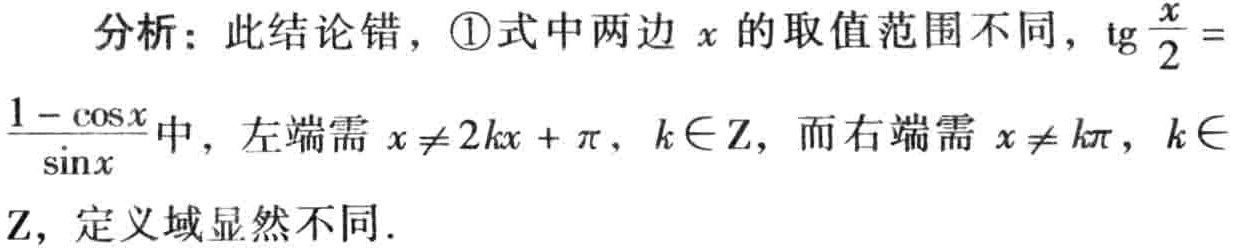
分析：此结论错，\textcircled{1}式中两边 \(x\) 的取值范围不同，\(\text{tg}\frac{x}{2} = \frac{1 - \cos x}{\sin x}\)中，左端需 \(x \neq 2k\pi + \pi\)，\(k \in \mathrm{Z}\)，而右端需 \(x \neq k\pi\)，\(k \in \mathrm{Z}\)，定义域显然不同.